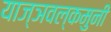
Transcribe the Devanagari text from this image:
याज्ञवल्कमुनी